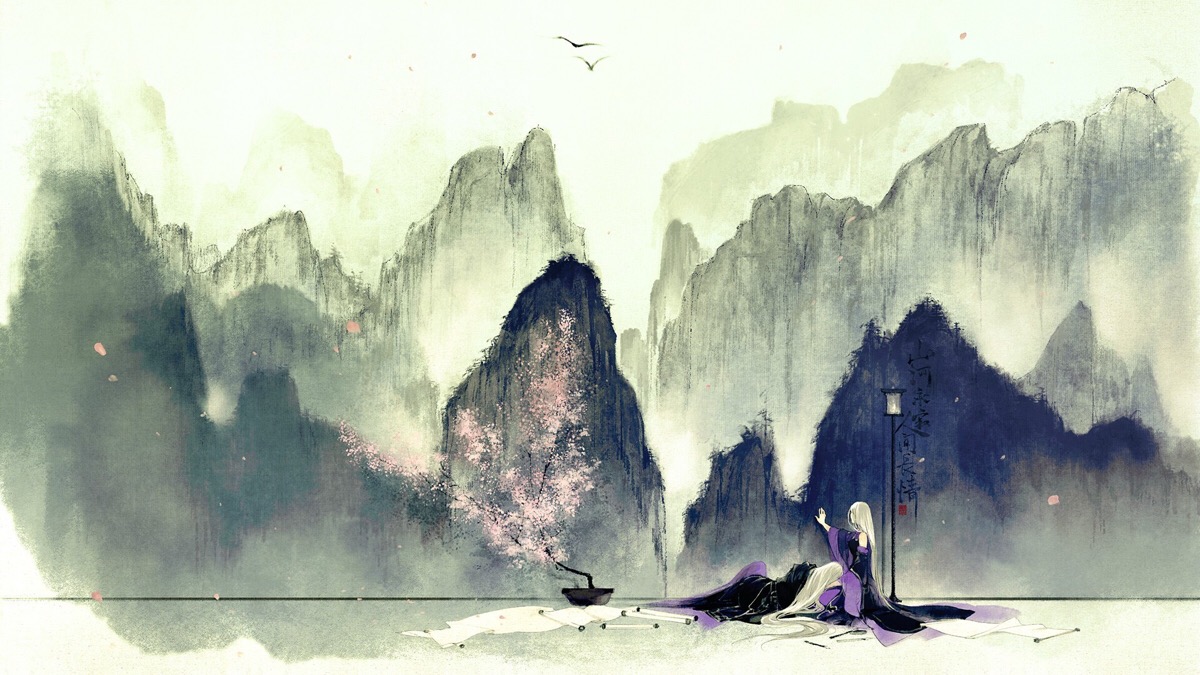
云尽月如练，水凉风似秋。